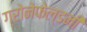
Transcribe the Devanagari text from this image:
ग्रोनेफेल्डनी